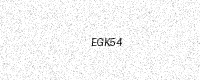
Text: EGK54